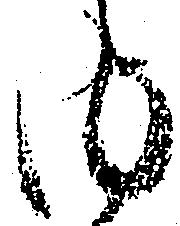
内